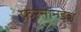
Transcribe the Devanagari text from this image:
फ़रनानडेज़